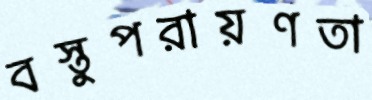
বস্তুপরায়ণতা